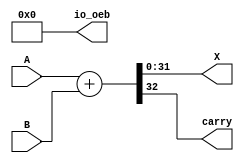
module adder32behav 
  (
`ifdef USE_POWER_PINS
   .vccd1(vccd1),	// User area 1 1.8V power
   .vssd1(vssd1),	// User area 1 digital ground
`endif
   
   input [31:0] A,
   input [31:0] B,
   output [31:0] X,
   output carry,
   output [32:0] io_oeb);
  
  assign io_oeb = 33'b0;
  assign {carry, X} = A+B;
  
endmodule